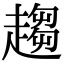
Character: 趨